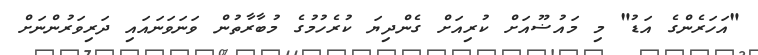
"އަހަރެންގެ އަޑު" މި މައުޟޫއަށް ކުރިއަށް ގެންދިޔަ ކުރެހުމުގެ މުބާރާތުން ވަނަވަނައައި ދަރިވަރުންނަށް